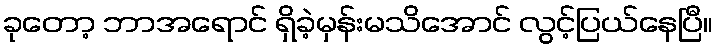
ခုတော့ ဘာအရောင် ရှိခဲ့မှန်းမသိအောင် လွင့်ပြယ်နေပြီ။